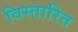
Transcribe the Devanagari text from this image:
विस्तारित